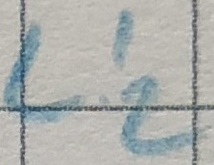
Text: L'2